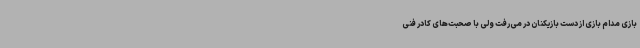
بازی مدام بازی از دست بازیکنان در می‌رفت ولی با صحبت‌های کادر فنی